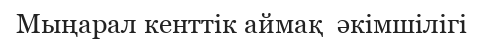
Мыңарал кенттік аймақ  әкімшілігі